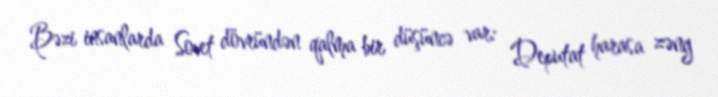
Bəzi insanlarda Sovet dövründən qalma bir düşüncə var: Deputat harasa zəng